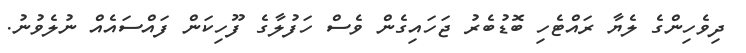
ދިވެހިންގެ ލެޔާ ރައްޓެހި ބޮޑުބެރު ޖަހައިގެން ވެސް ހަފުލާގެ ފޫހިކަން ފައްސައެއް ނުލެވުނު.